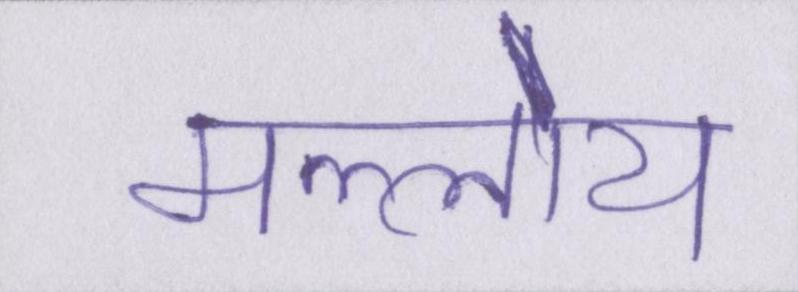
मल्लोय